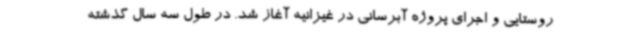
روستایی و اجرای پروژه آبرسانی در غیزانیه آغاز شد. در طول سه سال گذشته